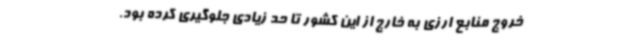
خروج منابع ارزی به خارج از این کشور تا حد زیادی جلوگیری کرده بود.